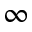
\infty